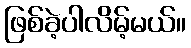
ဖြစ်ခဲ့ပါလိမ့်မယ်။